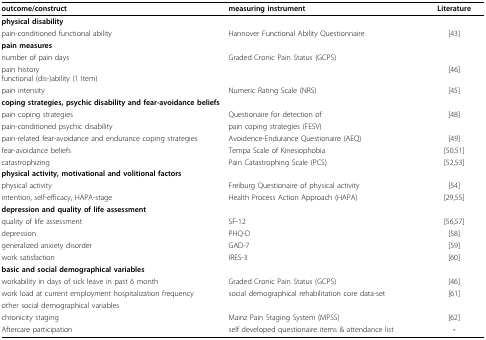
| outcome/construct | measuring instrument | Literature |
 | --- | --- | --- |
 | <COLSPAN=3> physical disability |
 | pain-conditioned functional ability | Hannover Functional Ability Questionnaire | [43] |
 | pain measures |  |  |
 | number of pain days | Graded Cronic Pain Status (GCPS) |  |
 | pain historyfunctional (dis-)ability (1 Item) |  | [46] |
 | pain intensity | Numeric Rating Scale (NRS) | [45] |
 | <COLSPAN=3> coping strategies, psychic disability and fear-avoidance beliefs |
 | pain coping strategies | Questionaire for detection of | [48] |
 | pain-conditioned psychic disability | pain coping strategies (FESV) |  |
 | pain-related fear-avoidance and endurance coping strategies | Avoidence-Endurance Questionaire (AEQ) | [49] |
 | fear-avoidance beliefs | Tempa Scale of Kinesiophobia | [50,51] |
 | catastrophizing | Pain Catastrophing Scale (PCS) | [52,53] |
 | <COLSPAN=3> physical activity, motivational and volitional factors |
 | physical activity | Freiburg Questionaire of physical activity | [54] |
 | intention, self-efficacy, HAPA-stage | Health Process Action Approach (HAPA) | [29,55] |
 | <COLSPAN=3> depression and quality of life assessment |
 | quality of life assessment | SF-12 | [56,57] |
 | depression | PHQ-D | [58] |
 | generalized anxiety disorder | GAD-7 | [59] |
 | work satisfaction | IRES-3 | [60] |
 | <COLSPAN=3> basic and social demographical variables |
 | workability in days of sick leave in past 6 month | Graded Cronic Pain Status (GCPS) | [46] |
 | work load at current employment hospitalization frequency | social demographical rehabilitation core data-set | [61] |
 | other social demographical variables |  |  |
 | chronicity staging | Mainz Pain Staging System (MPSS) | [62] |
 | Aftercare participation | self developed questionaire items & attendance list | - |